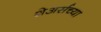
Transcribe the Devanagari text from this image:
शेअर्सच्या